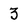
Character: 3